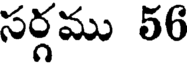
సర్గము 56